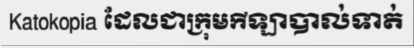
Katokopia ដែលជាក្រុមកីឡាបាល់ទាត់